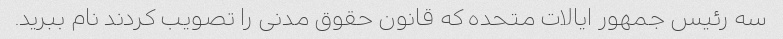
سه رئیس جمهور ایالات متحده که قانون حقوق مدنی را تصویب کردند نام ببرید.